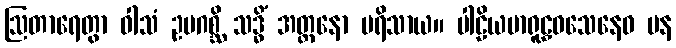
ဩတာရေတွာ ဝါသံ ဥပဂစ္ဆိ သဒ္ဓိံ အတ္တနော ပရိသာယ။ ပါဠိယမာရူဠှဝသေနေဝ ပန